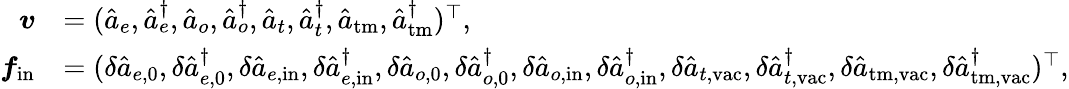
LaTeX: \begin{array}{rl}{\boldsymbol{v}}&{=(\hat{a}_{e},\hat{a}_{e}^{\dagger},\hat{a}_{o},\hat{a}_{o}^{\dagger},\hat{a}_{t},\hat{a}_{t}^{\dagger},\hat{a}_{\mathrm{tm}},\hat{a}_{\mathrm{tm}}^{\dagger})^{\top},}\\ {\boldsymbol{f}_{\mathrm{in}}}&{=(\delta\hat{a}_{e,\mathrm{0}},\delta\hat{a}_{e,\mathrm{0}}^{\dagger},\delta\hat{a}_{e,\mathrm{in}},\delta\hat{a}_{e,\mathrm{in}}^{\dagger},\delta\hat{a}_{o,\mathrm{0}},\delta\hat{a}_{o,\mathrm{0}}^{\dagger},\delta\hat{a}_{o,\mathrm{in}},\delta\hat{a}_{o,\mathrm{in}}^{\dagger},\delta\hat{a}_{t,\mathrm{vac}},\delta\hat{a}_{t,\mathrm{vac}}^{\dagger},\delta\hat{a}_{\mathrm{tm,vac}},\delta\hat{a}_{\mathrm{tm,vac}}^{\dagger})^{\top},}\end{array}